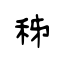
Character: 秭